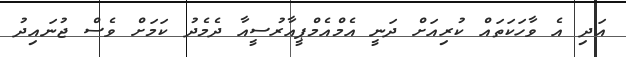
އަދި އެ ވާހަކަތައް ކުރިއަށް ދަނީ އެމްއެމްޕީއާރުސީއާ ދެމެދު ކަމަށް ވެސް ޖުނައިދު